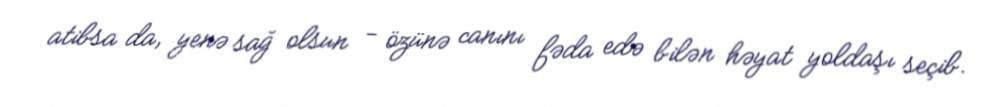
atibsa da, yenə sağ olsun - özünə canını fəda edə bilən həyat yoldaşı seçib.